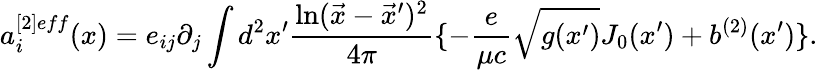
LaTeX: a_{i}^{[2]eff}(x)=e_{ij}\partial_{j}\int d^{2}x^{\prime}{\frac{\ln(\vec{x}-\vec{x}^{\prime})^{2}}{4\pi}}\{ -{\frac{e}{\mu c}}\sqrt{g(x^{\prime})}J_{0}(x^{\prime})+b^{(2)}(x^{\prime})\} .